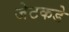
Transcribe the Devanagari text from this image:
जेटकडे